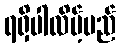
ရရှိပါလိမ့်မည်